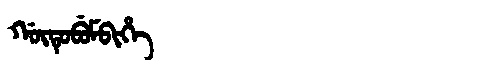
Manchu: ᡤᡡᡨᡠᠪᡠᠮᠪᡳᡥᡝ
Romanization: GŪTUBUMBIHE